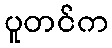
ပူတင်က